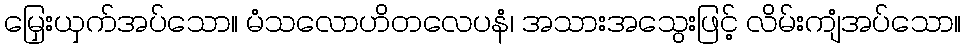
မြှေးယှက်အပ်သော။ မံသလောဟိတလေပနံ၊ အသားအသွေးဖြင့် လိမ်းကျံအပ်သော။